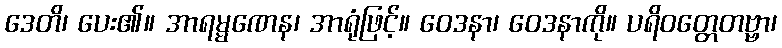
ဒေတိ၊ ပေး၏။ အာရမ္မဏေန၊ အာရုံဖြင့်။ ဝေဒနာ၊ ဝေဒနာကို။ ပရိဝတ္တေတဗ္ဗာ၊